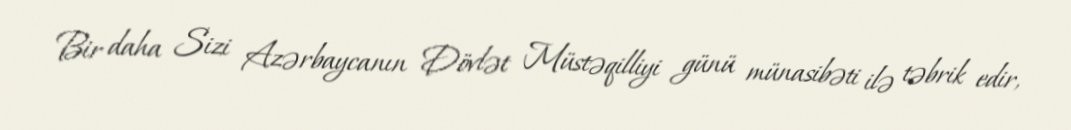
Bir daha Sizi Azərbaycanın Dövlət Müstəqilliyi günü münasibəti ilə təbrik edir,